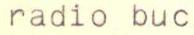
radio buc